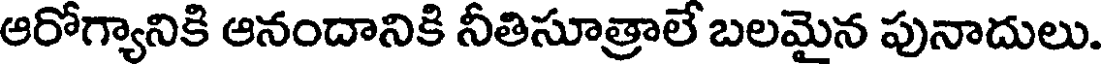
ఆరోగ్యానికి ఆనందానికి నీతిసూత్రాలే బలమైన పునాదులు.